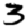
Digit: 3